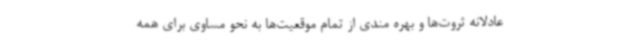
عادلانه ثروت‌ها و بهره مندی از تمام موقعیت‌ها به نحو مساوی برای همه